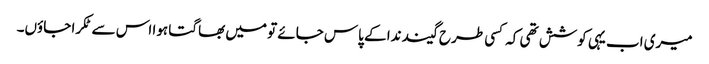
میری اب یہی کوشش تھی کہ کسی طرح گیند ندا کے پاس جائے تو میں بھاگتا ہوا اس سے ٹکرا جاؤں۔